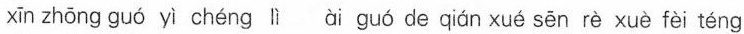
xī ； zhōng guǎ yí chéng hi ò quó ce cián xué sen re xuè fei t5ng